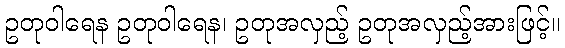
ဥတုဝါရေန ဥတုဝါရေန၊ ဥတုအလှည့် ဥတုအလှည့်အားဖြင့်။